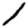
Digit: 1